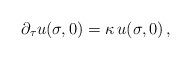
LaTeX: \begin{align*} \partial_\tau u (\sigma,0) = \kappa \, u(\sigma,0) \,,\end{align*}